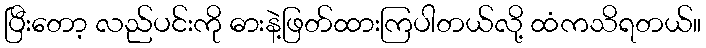
ပြီးတော့ လည်ပင်းကို ဓားနဲ့ဖြတ်ထားကြပါတယ်လို့ ထံကသိရတယ်။